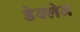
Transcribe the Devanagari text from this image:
डेक्लेन